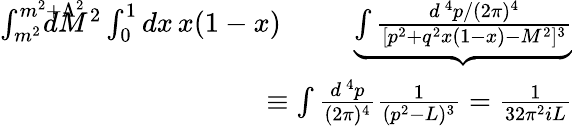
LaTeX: \begin{array}{rlr}{\int_{m^{2}}^{m^{2}+\Lambda^{2}}\! \! \! \! \! \! \! \! \! \! dM^{2}\int_{0}^{1}dx\, x(1-x)}&{}&{\! \! \! \! \! \underbrace{\int{\frac{d^{\, 4}p/(2\pi)^{4}}{[p^{2}+q^{2}x(1-x)-M^{2}]^{3}}}}}\\ &{}&{\! \! \! \! \! \! \! \! \! \! \! \! \! \! \! \equiv\int{\frac{d^{\, 4}p}{(2\pi)^{4}}}{\frac{1}{(p^{2}-L)^{3}}}={\frac{1}{32\pi^{2}iL}}}\end{array}